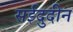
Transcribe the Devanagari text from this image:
सईदुदीन